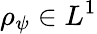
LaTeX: \rho_{\psi}\in L^{1}